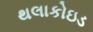
થલાકોઇડ